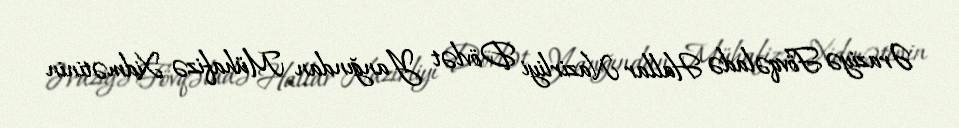
Əraziyə Fövqəladə Hallar Nazirliyi Dövlət Yanğından Mühafizə Xidmətinin